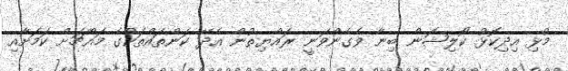
މުޅި އިދިކޮޅު ކޯލިޝަން ބިނާ ވެގެންވަނީ ރައްޔިތުން އެދޭ ކަންތައްތަކުގެ މައްޗަށް ކަމަށާއި